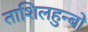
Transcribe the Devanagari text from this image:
ताशिलहुन्बो